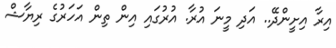
އިރާ އިށީންދޭ.. އަދި މީނަ އުރާ. އުރުގައި އިން ތިން އަހަރުގެ ރިޔާޝް